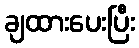
ချထားပေးပြီး